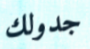
جدولك